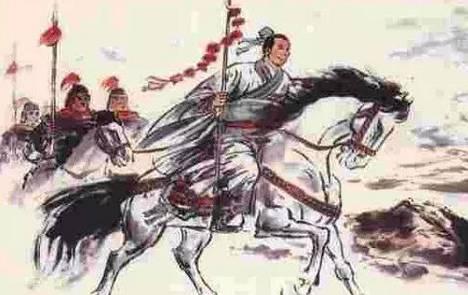
曲妙人不能尽和，言是人不能皆信。